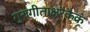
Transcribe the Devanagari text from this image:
गुरुगीताक्षरैकैकं